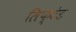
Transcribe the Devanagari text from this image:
लिफ्टेड